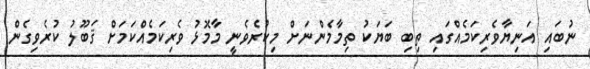
ނުބައި އަނިޔާވެރިކަމެއްގައި ތިބި ބަޔަކު ތިމާމެންނަށް މިކުރެވެނީ މާމޮޅު ވެރިކަމެއްކަމަށް ޤަބޫލު ކުރެވިގެން